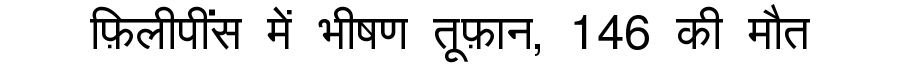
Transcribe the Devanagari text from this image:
फ़िलीपींस में भीषण तूफ़ान, 146 की मौत